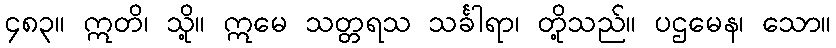
၄၈၃။ ဣတိ၊ သို့။ ဣမေ သတ္တရသ သင်္ခါရာ၊ တို့သည်။ ပဌမေန၊ သော။